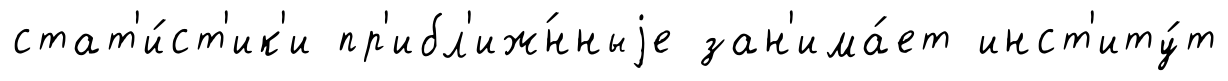
стат'и́ст'ик'и пр'ибл'иж́нныjе зан'има́ет инст'иту́т